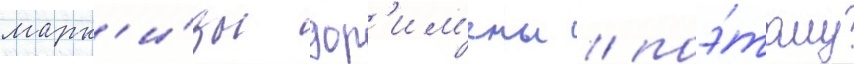
марк'и́зы дор'им'ены / поэ́тому